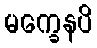
မက္ခေနပိ